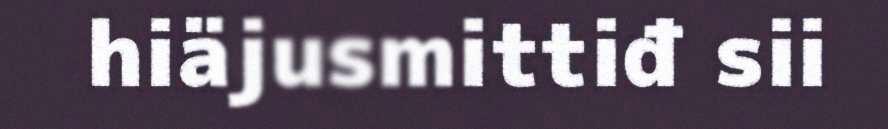
hiäjusmittiđ sii